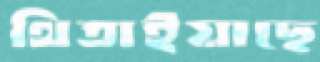
থিতাইয়াছে